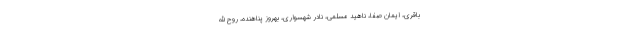
باقری، ایمان صفا، ناهید مسلمی، نادر شهسواری‌، بهروز پناهنده، روح الله